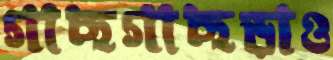
গাছগাছড়াও